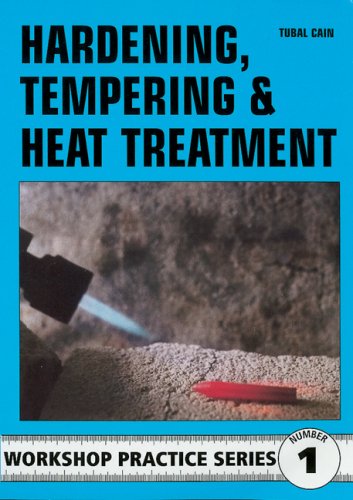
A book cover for Hardening, Tempering and Heat Treatment (Workshop Practice); George Gently; Engineering & Transportation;